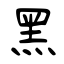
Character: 黑